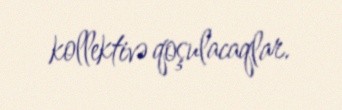
kollektivə qoşulacaqlar.